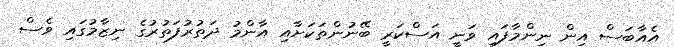
އެއާބަސް އިން ނިންމާފައި ވަނީ އަސްކަރީ ބޭނުންތަކަށާއި އާންމު ދަތުރުފަތުރުގެ ނިޒާމުގައި ވެސް